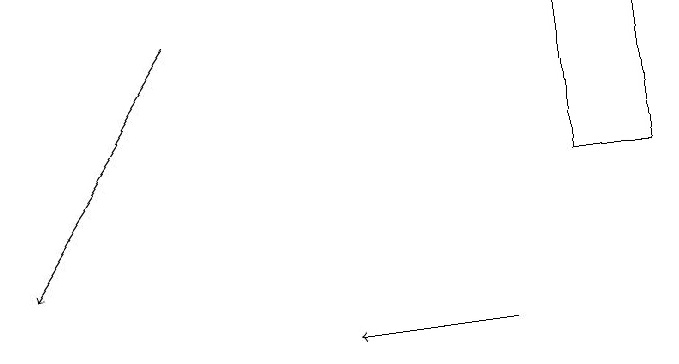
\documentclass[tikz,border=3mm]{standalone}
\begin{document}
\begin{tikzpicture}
\draw[->] (3,15) -- (1,12);
\draw[->] (7,11) -- (5,11);
\draw (8,15) rectangle (9,13);
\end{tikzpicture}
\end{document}